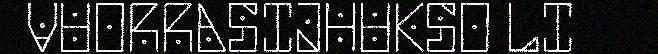
VUORRASIJHUKSO LI